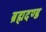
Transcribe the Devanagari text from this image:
ब्रह्मदण्ड